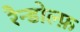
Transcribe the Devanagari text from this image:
रैन्डोल्फ़